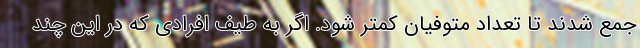
جمع شدند تا تعداد متوفیان کمتر شود. اگر به طیف افرادی که در این چند